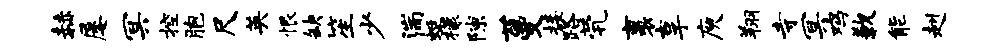
赫屡冥控胞尺英恨缺笙少湍蜓檬隙蔓接路茕裹享庾翔寺冥鸡歉能赳